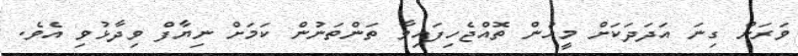
ވަރަށް ގިނަ އަދަދަކަށް މީހުން ތޮއްޖެހިފައިވާ ތަންތަނުން ކަމަށް ނިޔާފް ވިދާޅުވި އެވެ.